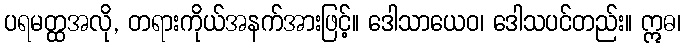
ပရမတ္ထအလို, တရားကိုယ်အနက်အားဖြင့်။ ဒေါသာယေဝ၊ ဒေါသပင်တည်း။ ဣဓ၊